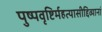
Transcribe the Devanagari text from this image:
पुष्पवृष्टिर्महत्यासीद्दिव्यानां